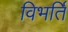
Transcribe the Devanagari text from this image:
विभर्ति